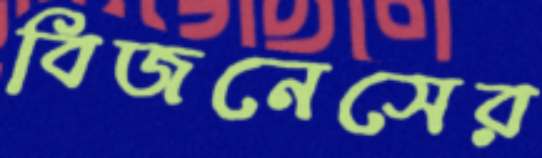
বিজনেসের